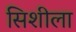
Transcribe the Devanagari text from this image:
सिशीला